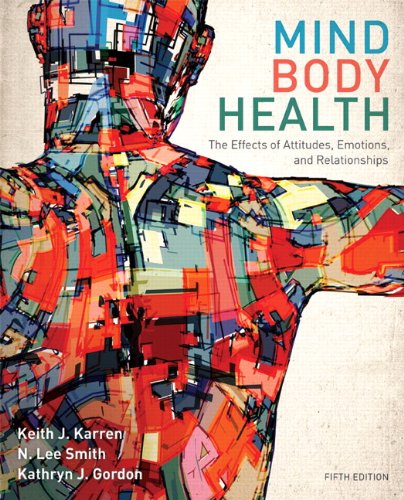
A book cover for Mind/Body Health: The Effects of Attitudes, Emotions, and Relationships (5th Edition); Keith J. Karren Ph.D.; Medical Books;